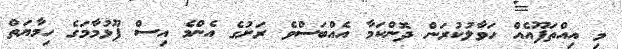
މި އިއްތަފޫއެއް ހަވާލުކުރަން ދޮންކަމާ އެއްބަސްވެ ރަށުގެ އެންމެ އިސް ފޫޅުމާމަގެ ހިމާޔަތް